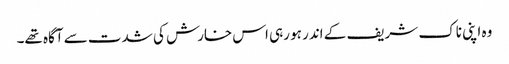
وہ اپنی ناک شریف کے اندر ہو رہی اس خارش کی شدت سے آگاہ تھے۔